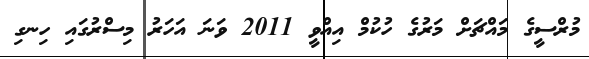
މުރްސީގެ މައްޗަށް މަރުގެ ހުކުމް އިއްވީ 2011 ވަނަ އަހަރު މިސްރުގައި ހިނގި